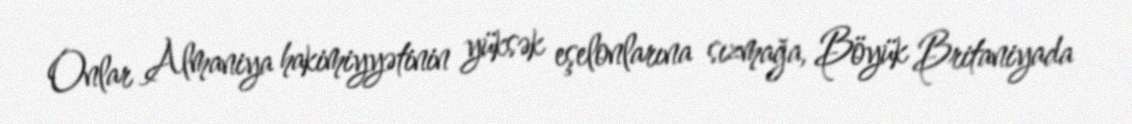
Onlar Almaniya hakimiyyətinin yüksək eşelonlarına sızmağa, Böyük Britaniyada